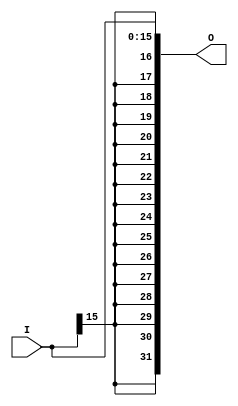
`timescale 1ns / 1ps
module signext_16_32(I, O);
   input signed [15:0] I;
   output reg [31:0] O;

   always @(I) begin
      O = I;
   end
endmodule